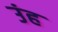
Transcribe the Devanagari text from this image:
उंह